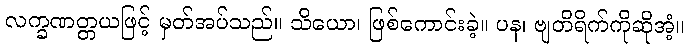
လက္ခဏတ္တယဖြင့် မှတ်အပ်သည်။ သိယော၊ ဖြစ်ကောင်းခဲ့။ ပန၊ ဗျတိရိက်ကိုဆိုအံ့။